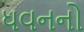
ધવનનો